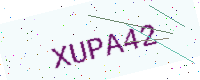
Text: XUPA42